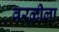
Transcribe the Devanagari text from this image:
वरळीला